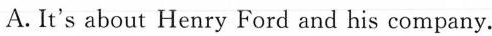
A.It's about Henry Ford and his company.